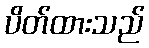
ပိတ်ထားသည်